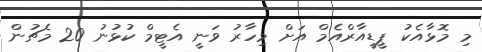
މި މޮޅާއެކު ޕީޑީއާރްއެމް އަށް މިހާރު ވަނީ އެޓީމް ކުޅުނު 20 މެޗުން